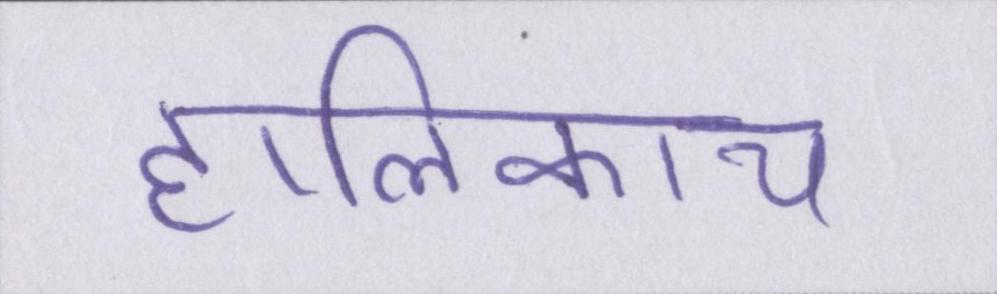
हालिकाय